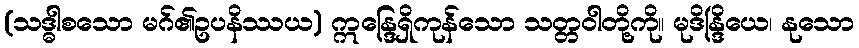
(သဒ္ဓါစသော မဂ်၏ဥပနိဿယ) ဣန္ဒြေရှိကုန်သော သတ္တဝါတို့ကို။ မုဒိန္ဒြိယေ၊ နုသော